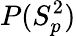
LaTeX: P(S_{p}^{2})